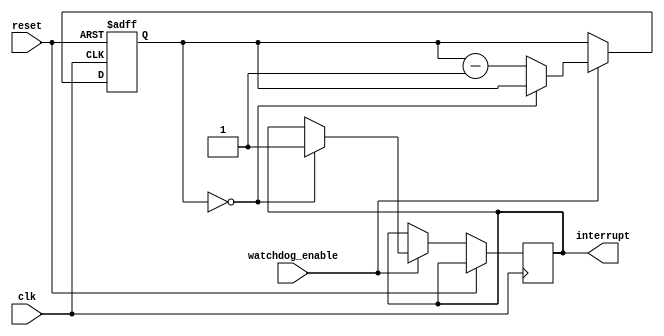
module watchdog_timer (
    input wire clk,
    input wire reset,
    input wire watchdog_enable,
    output reg interrupt
);

reg [15:0] count;

always @(posedge clk or posedge reset) begin
    if (reset) begin
        count <= 16'hFFFF; //Initialize timer with predefined value
    end else begin
        if (watchdog_enable) begin
            if (count == 0) begin
                interrupt <= 1; //Generate interrupt signal if timer reaches zero
            end else begin
                count <= count - 1; //Decrement timer count
            end
        end
    end
end

endmodule